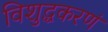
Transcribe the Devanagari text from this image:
विशुद्धकरणं